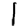
Digit: 1